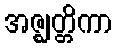
အဇ္ဈတ္တိကာ